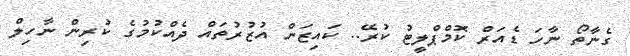
ގެނާތޯ ނާހަ ޑެއަރް ކޮމްޕްލީޓު ކުރޭ.. ކައިޒަން އުޒުރުތައް ދެއްކުމުގެ ކުރިން ނާހިލް